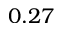
0 . 2 7